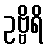
ဥဗ္ဗိရိ